Report of an investigation into the causes of the diseases known in Assam as Kála-Azár and Beri-Beri
Disease focus: Beri-Beri
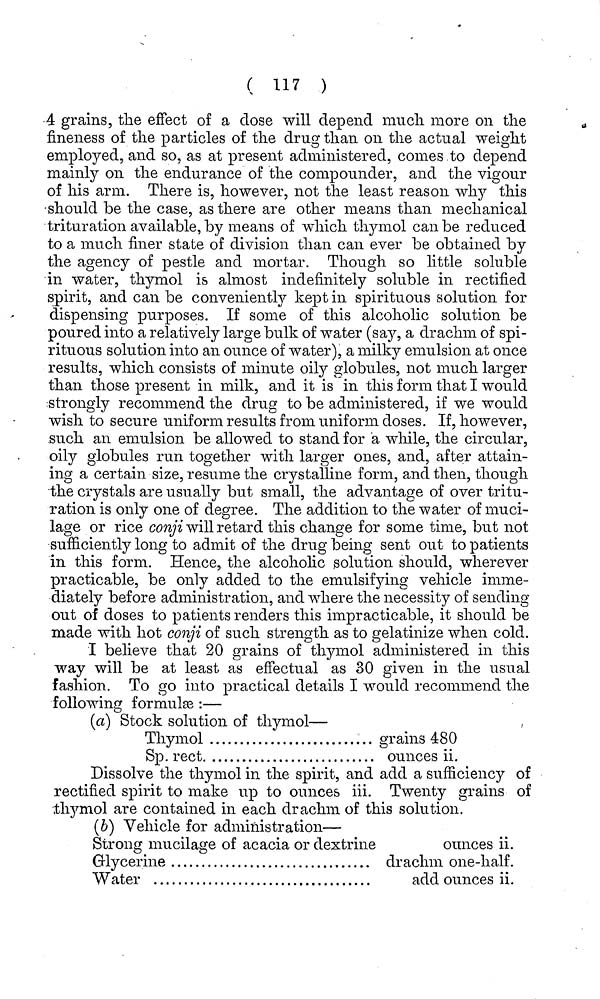
( 117 )
4 grains, the effect of a dose will depend much more on the
fineness of the particles of the drug than on the actual weight
employed, and so, as at present administered, comes to depend
mainly on the endurance of the compounder, and the vigour
of his arm. There is, however, not the least reason why this
should be the case, as there are other means than mechanical
trituration available, by means of which thymol can be reduced
to a much finer state of division than can ever be obtained by
the agency of pestle and mortar. Though so little soluble
in water, thymol is almost indefinitely soluble in rectified
spirit, and can be conveniently kept in spirituous solution for
dispensing purposes. If some of this alcoholic solution be
poured into a relatively large bulk of water (say, a drachm of spi-
rituous solution into an ounce of water), a milky emulsion at once
results, which consists of minute oily globules, not much larger
than those present in milk, and it is in this form that I would
strongly recommend the drug to be administered, if we would
wish to secure uniform results from uniform doses. If, however,
such an emulsion be allowed to stand for a while, the circular,
oily globules run together with larger ones, and, after attain-
ing a certain size, resume the crystalline form, and then, though
the crystals are usually but small, the advantage of over tritu-
ration is only one of degree. The addition to the water of muci-
lage or rice conji will retard this change for some time, but not
sufficiently long to admit of the drug being sent out to patients
in this form. Hence, the alcoholic solution should, wherever
practicable, be only added to the emulsifying vehicle imme-
diately before administration, and where the necessity of sending
out of doses to patients renders this impracticable, it should be
made with hot conji of such strength as to gelatinize when cold.
I believe that 20 grains of thymol administered in this
way will be at least as effectual as 30 given in the usual
fashion. To go into practical details I would recommend the
following formulas :—
(a) Stock solution of thymol—
Thymol
grains 480
Sp. rect
ounces ii.
Dissolve the thymol in the spirit, and add a sufficiency of
rectified spirit to make up to ounces iii. Twenty grains of
thymol are contained in each drachm of this solution.
(b) Vehicle for administration—
Strong mucilage of acacia or dextrine
ounces ii.
Glycerine
drachm one-half.
Water
add ounces ii.